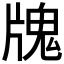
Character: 𤗧